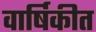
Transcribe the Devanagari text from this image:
वार्षिकीत